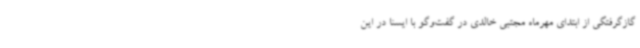
گازگرفتگی از ابتدای مهرماه مجتبی خالدی در گفت‌وگو با ایسنا در این